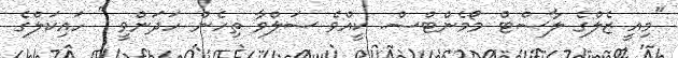
"މިއީ ޒެލްގެ ލާސްޓް މޯމެންޓްސް. ކީއްވެ ސަލްވާ ތިހެން ހަދަންވީ " ހައިކަލްގެ